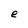
Character: e